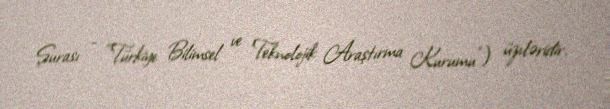
Şurası - “Türkiye Bilimsel ve Teknolojik Araştırma Kurumu”) üzvləridir.